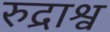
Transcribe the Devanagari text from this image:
रुद्राश्व